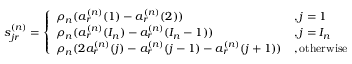
s _ { j r } ^ { ( n ) } = \left\{ \begin{array} { l l } { \rho _ { n } ( a _ { r } ^ { ( n ) } ( 1 ) - a _ { r } ^ { ( n ) } ( 2 ) ) } & { , j = 1 } \\ { \rho _ { n } ( a _ { r } ^ { ( n ) } ( I _ { n } ) - a _ { r } ^ { ( n ) } ( I _ { n } - 1 ) ) } & { , j = I _ { n } } \\ { \rho _ { n } ( 2 a _ { r } ^ { ( n ) } ( j ) - a _ { r } ^ { ( n ) } ( j - 1 ) - a _ { r } ^ { ( n ) } ( j + 1 ) ) } & { , \mathrm { o t h e r w i s e } } \end{array} \right.